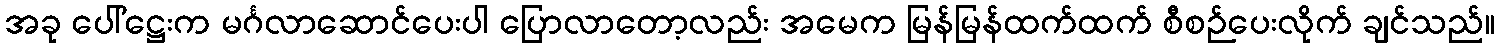
အခု ပေါ်ဋ္ဌေးက မင်္ဂလာဆောင်ပေးပါ ပြောလာတော့လည်း အမေက မြန်မြန်ထက်ထက် စီစဉ်ပေးလိုက် ချင်သည်။